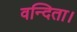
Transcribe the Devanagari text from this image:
वन्दिता।